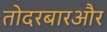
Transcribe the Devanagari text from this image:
तोदरबारऔर